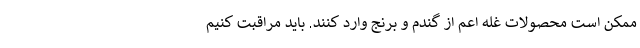
ممکن است محصولات غله اعم از گندم و برنج وارد کنند. باید مراقبت کنیم